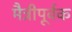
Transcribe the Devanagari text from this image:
मैत्रीपूर्वक